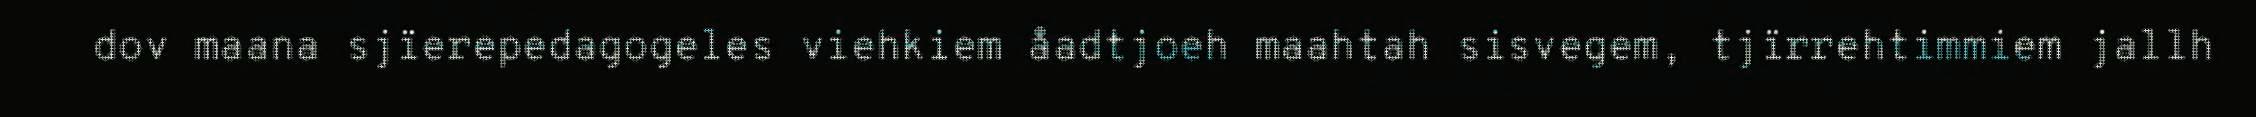
dov maana sjïerepedagogeles viehkiem åadtjoeh maahtah sisvegem, tjïrrehtimmiem jallh